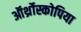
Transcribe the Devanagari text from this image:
ऑर्थ्रोस्कोपिया